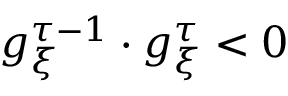
g _ { \xi } ^ { \tau - 1 } \cdot g _ { \xi } ^ { \tau } < 0